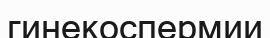
гинекоспермии